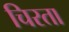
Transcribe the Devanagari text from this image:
चिरता